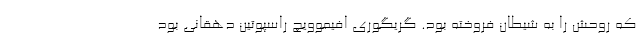
که روحش را به شیطان فروخته بود. گریگوری افیموویچ راسپوتین دهقانی بود